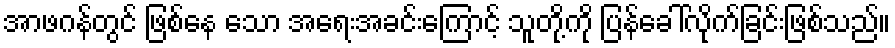
အာဖဂန်တွင် ဖြစ်နေ သော အရေးအခင်းကြောင့် သူတို့ကို ပြန်ခေါ်လိုက်ခြင်းဖြစ်သည်။